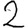
Digit: 2